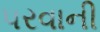
પરવાની